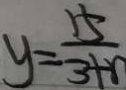
y = \frac { 1 5 } { 3 + r }